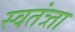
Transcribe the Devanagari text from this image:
स्वतंत्र्ता